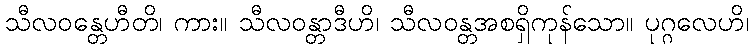
သီလဝန္တေဟီတိ၊ ကား။ သီလဝန္တာဒီဟိ၊ သီလဝန္တအစရှိကုန်သော။ ပုဂ္ဂလေဟိ၊